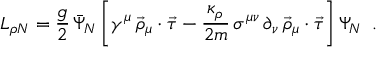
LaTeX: { \cal L } _ { \rho N } = \frac { g } { 2 } \, \bar { \Psi } _ { N } \, \biggl [ \gamma ^ { \mu } \, \vec { \rho } _ { \mu } \cdot \vec { \tau } - \frac { \kappa _ { \rho } } { 2 m } \, \sigma ^ { \mu \nu } \, \partial _ { \nu } \, \vec { \rho } _ { \mu } \cdot \vec { \tau } \biggr ] \, \Psi _ { N } \, \, \, .